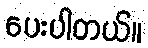
ပေးပါတယ်။